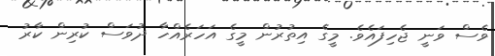
ވެސް ވަނީ ޖެހިފައެވެ. މީގެ އިތުރުން މީގެ އަހަރެއްހާ ދުވަސް ކުރިން ކާރު